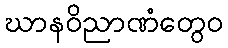
ဃာနဝိညာဏံတွေဝ